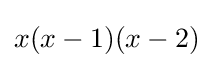
x(x-1)(x-2)